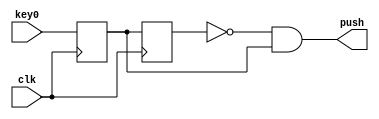
module key
(
	input clk,
	input key0,
	output push
);
reg but_r;
reg but_rr;
always @(posedge clk)
begin
	but_r <= key0;
	but_rr <= but_r;
end
	assign push = ~but_rr & but_r;
endmodule


module dio
(
	input clk,
	input key0,
	input key1,
	input key2,
	input [8:0] sw,
	output [7:0] LEDS,
	output [7:0] LEDG

);

wire push0, push1, push2;
reg [7:0] byte;
reg [7:0] byte2;

key key_0
(
	.clk	(clk),
	.key0	(key0),
	.push	(push0)
);

key key_1
(
	.clk	(clk),
	.key0	(key1),
	.push	(push1)

);

key key_2
(
	.clk	(clk),
	.key0	(key2),
	.push	(push2)
);

always @(posedge clk)
begin
	if (push1 & key0)
		byte[7:0] <= sw[7:0];
	else if (push2 & key0)
	begin
		byte2 <= {LEDS[0], byte2[7:1]};
		byte <= {sw[8], byte[7:1]};
	end
	else if (push0)
	begin
		byte2 <= 0;
		byte <= 0;
	end
end

assign LEDS = byte;
assign LEDG = byte2;

endmodule